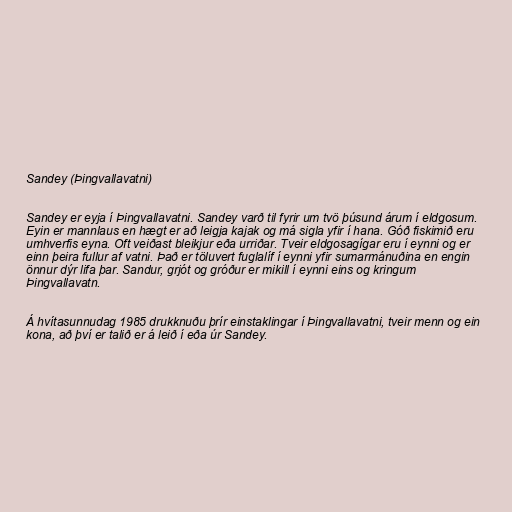
Sandey (Þingvallavatni)

Sandey er eyja í Þingvallavatni. Sandey varð til fyrir um tvö þúsund árum í eldgosum.
Eyin er mannlaus en hægt er að leigja kajak og má sigla yfir í hana. Góð fiskimið eru
umhverfis eyna. Oft veiðast bleikjur eða urriðar. Tveir eldgosagígar eru í eynni og er
einn þeira fullur af vatni. Það er töluvert fuglalíf í eynni yfir sumarmánuðina en engin
önnur dýr lifa þar. Sandur, grjót og gróður er mikill í eynni eins og kringum
Þingvallavatn.

Á hvítasunnudag 1985 drukknuðu þrír einstaklingar í Þingvallavatni, tveir menn og ein
kona, að því er talið er á leið í eða úr Sandey.